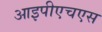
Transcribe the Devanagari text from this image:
आइपीएचएस